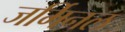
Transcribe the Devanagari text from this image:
जर्मिनल